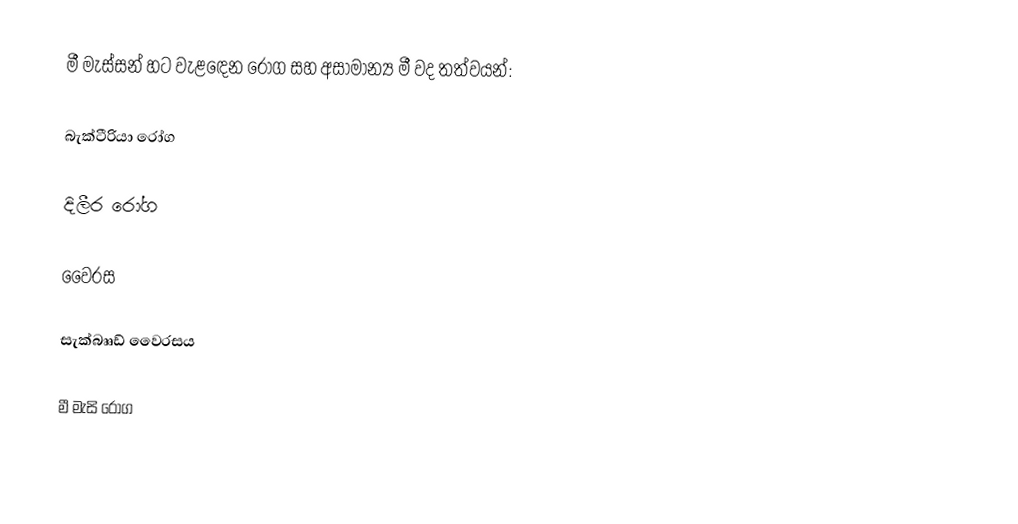
මී මැස්සන් හට වැළඳෙන රෝග සහ අසාමාන්‍ය මී වද තත්වයන්:

බැක්ටීරියා රෝග

දිලීර රෝග

වෛරස

සැක්බෲඩ් වෛරසය

මී මැසි රෝග